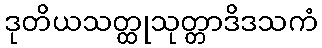
ဒုတိယသတ္ထုသုတ္တာဒိဒသကံ